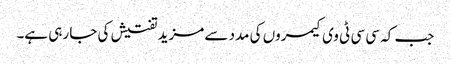
جب کہ سی سی ٹی وی کیمروں کی مدد سے مزید تفتیش کی جا رہی ہے۔